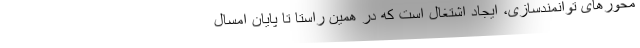
محورهای توانمندسازی، ایجاد اشتغال است که در همین راستا تا پایان امسال